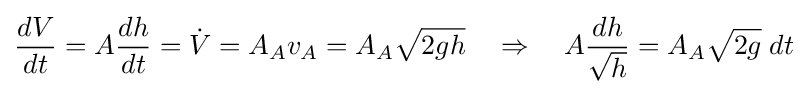
{\frac {dV}{dt}}=A{\frac {dh}{dt}}={\dot {V}}=A_{A}v_{A}=A_{A}{\sqrt {2gh}}\quad \Rightarrow \quad A{\frac {dh}{\sqrt {h}}}=A_{A}{\sqrt {2g}}\;dt